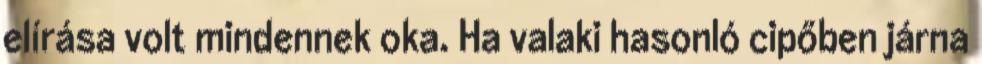
elírása volt mindennek oka. Ha valaki hasonló cipőben járna